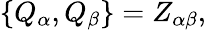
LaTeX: \{ Q_{\alpha},Q_{\beta}\} =Z_{\alpha\beta},